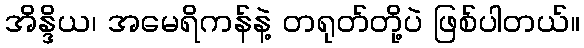
အိန္ဒိယ၊ အမေရိကန်နဲ့ တရုတ်တို့ပဲ ဖြစ်ပါတယ်။